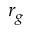
r _ { g }